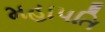
મહાપતિ